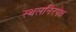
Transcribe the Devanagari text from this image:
स्थलनिरपेक्ष